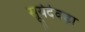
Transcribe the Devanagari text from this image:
सूर्यदेवड़ा